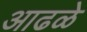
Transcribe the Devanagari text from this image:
आढळे